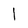
Character: l